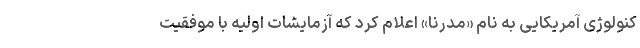
کنولوژی آمریکایی به نام «مدرنا» اعلام کرد که آزمایشات اولیه با موفقیت